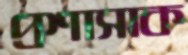
প্রশাসাক